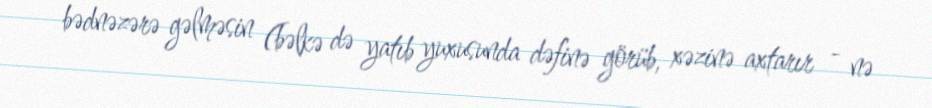
bədnəzərə gəlməsin (bəlkə də yatıb yuxusunda dəfinə görüb, xəzinə axtarır - nə